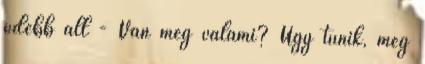
odébb áll - Van még valami? Úgy tűnik, még